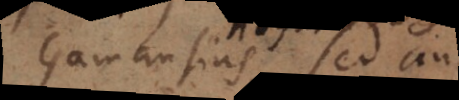
Gamansius, sed ante